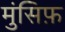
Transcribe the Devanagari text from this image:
मुंसिफ़